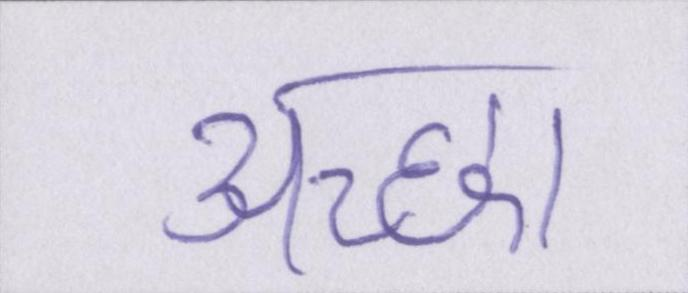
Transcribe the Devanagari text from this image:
अच्छा